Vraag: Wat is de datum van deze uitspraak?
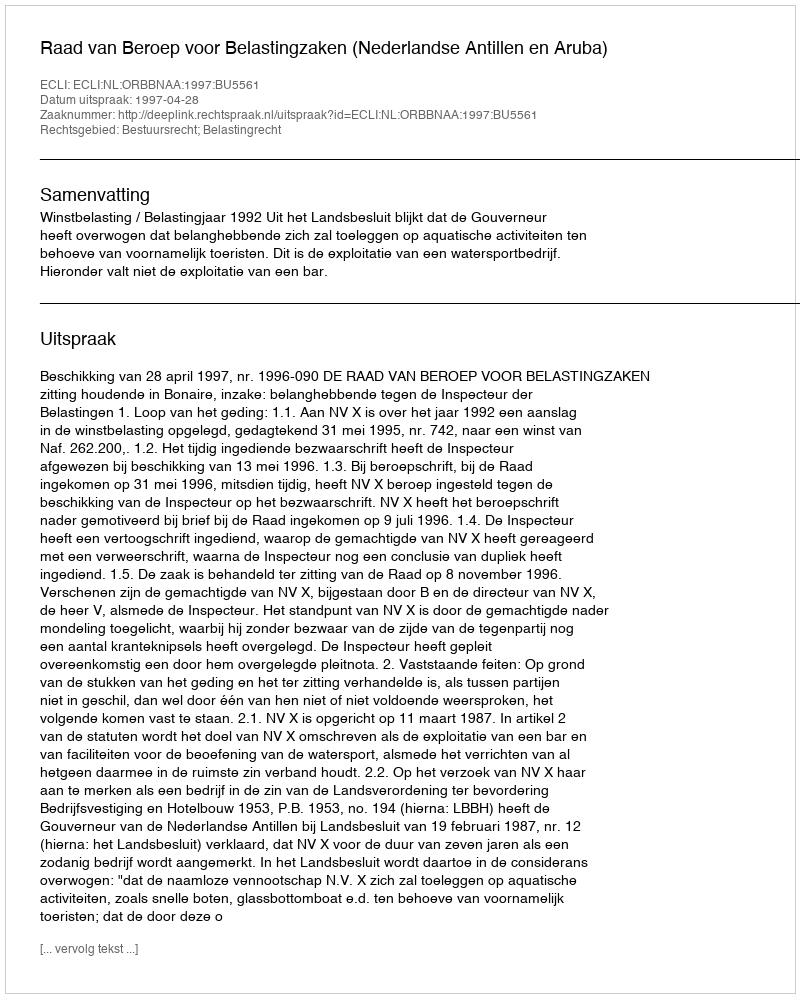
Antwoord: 1997-04-28